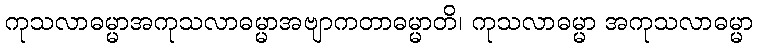
ကုသလာဓမ္မာအကုသလာဓမ္မာအဗျာကတာဓမ္မာတိ၊ ကုသလာဓမ္မာ အကုသလာဓမ္မာ